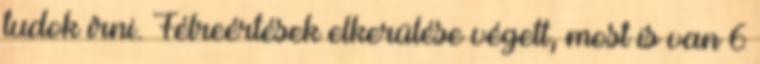
tudok írni. Félreértések elkerülése végett, most is van 6